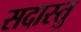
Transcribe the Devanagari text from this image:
सदास्तु